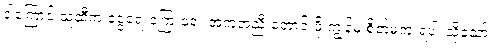
ဒါကြောင့် သူ့ဆီက ငွေရေးကြေးရေး အကူအညီ တောင်းဖို့ ကျွန်မ စိတ်မကူးရဲပါ။သို့သော်